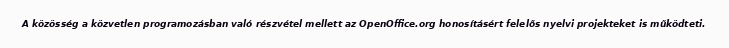
A közösség a közvetlen programozásban való részvétel mellett az OpenOffice.org honosításért felelős nyelvi projekteket is működteti.